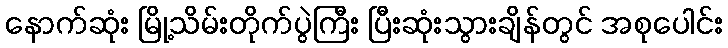
နောက်ဆုံး မြို့သိမ်းတိုက်ပွဲကြီး ပြီးဆုံးသွားချိန်တွင် အစုပေါင်း